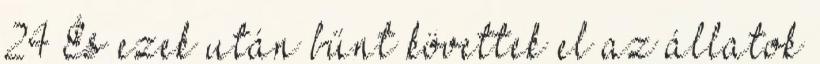
24 És ezek után bűnt követtek el az állatok